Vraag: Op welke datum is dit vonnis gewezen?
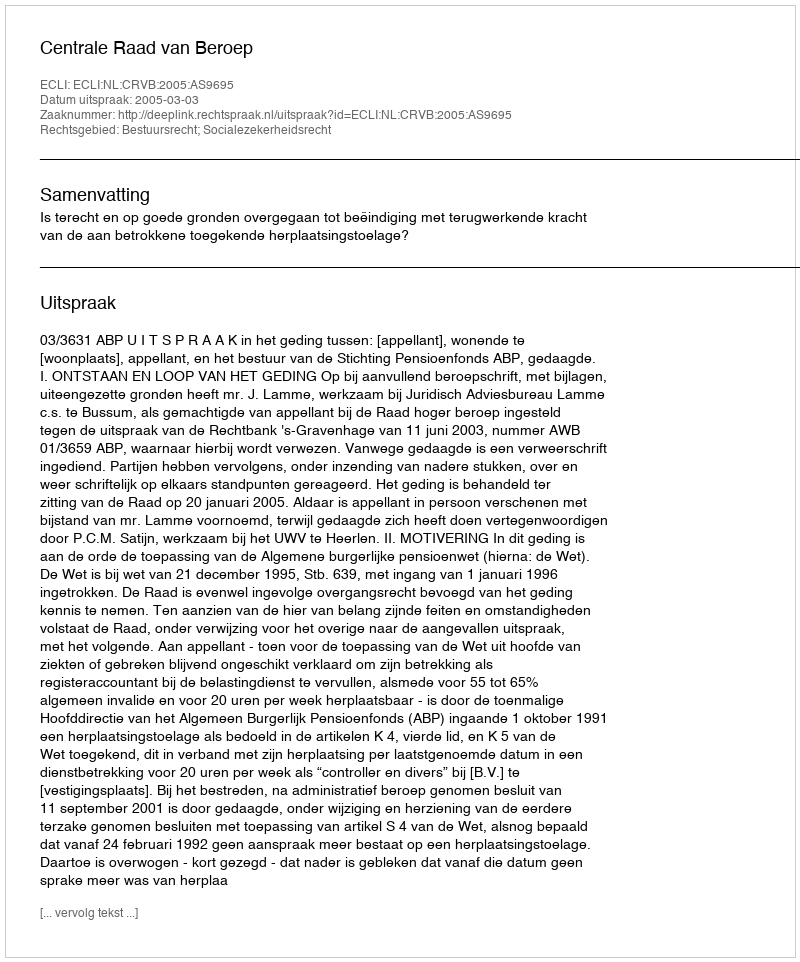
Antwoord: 2005-03-03